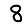
Digit: 8